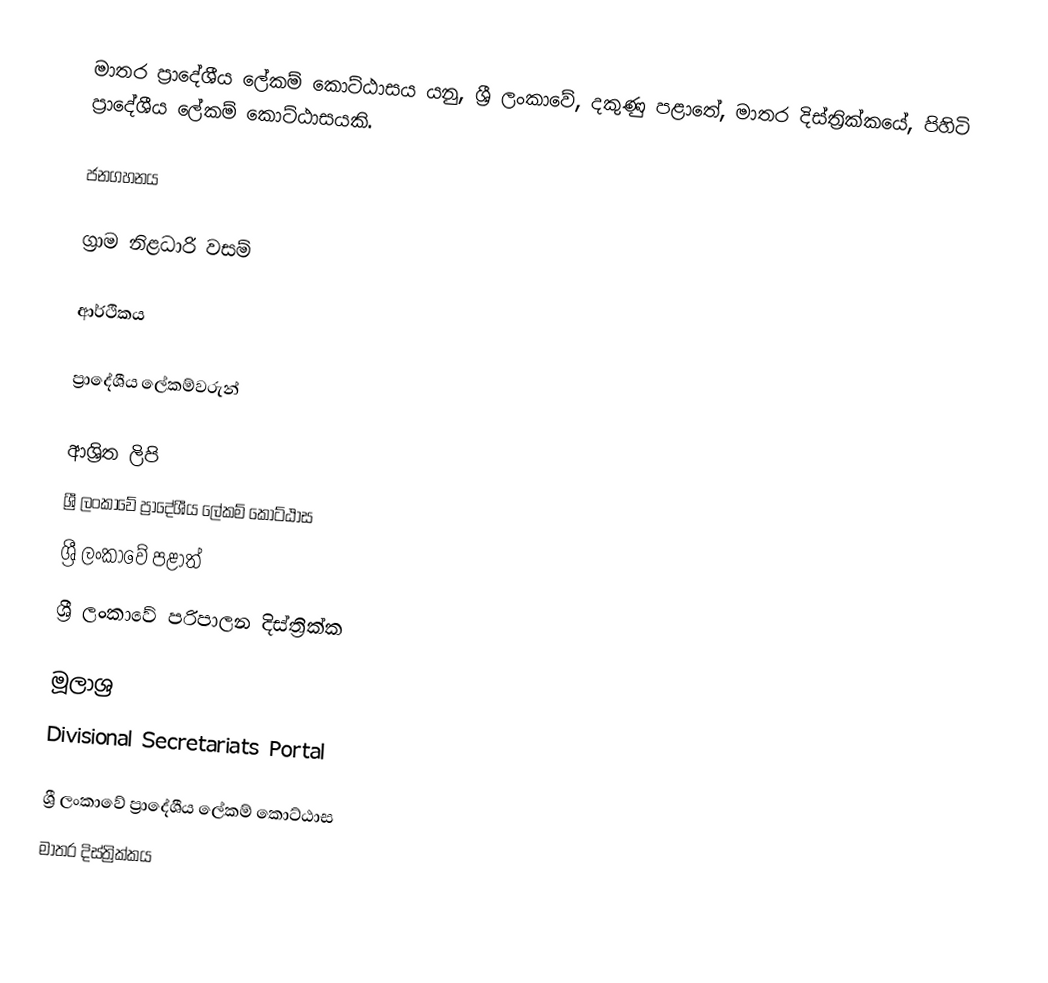
මාතර ප්‍රාදේශීය ලේකම් කොට්ඨාසය යනු,  ශ්‍රී ලංකාවේ, දකුණු පළාතේ,   මාතර දිස්ත්‍රික්කයේ, පිහිටි ප්‍රාදේශීය ලේකම් කොට්ඨාසයකි.

ජනගහනය

ග්‍රාම නිළධාරි වසම්

ආර්ථිකය

ප්‍රාදේශීය ලේකම්වරුන්

ආශ්‍රිත ලිපි
ශ්‍රී ලංකාවේ ප්‍රාදේශීය ලේකම් කොට්ඨාස
ශ්‍රී ලංකාවේ පළාත්
ශ්‍රී ලංකාවේ පරිපාලන දිස්ත්‍රික්ක

මූලාශ්‍ර
 Divisional Secretariats Portal

ශ්‍රී ලංකාවේ ප්‍රාදේශීය ලේකම් කොට්ඨාස
මාතර දිස්ත්‍රික්කය